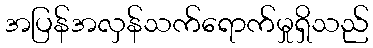
အပြန်အလှန်သက်ရောက်မှုရှိသည်